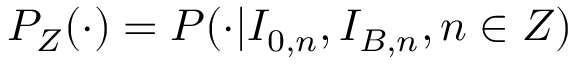
P _ { Z } ( \cdot ) = P ( \cdot | I _ { 0 , n } , I _ { B , n } , n \in Z )